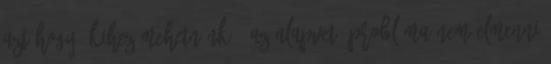
azt hogy „Kihez mehetnénk? „Az alapvető probléma nem elmenni